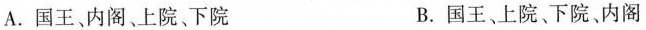
A.国王、内阁、上院、下院 B.国王、上院、下院、内阁